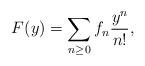
LaTeX: \begin{align*} F(y)=\sum_{n\ge0}f_n\frac{y^n}{n!},\end{align*}